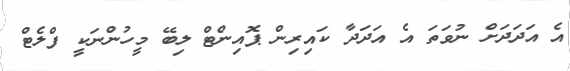
އެ އަދަދަށް ނުވަތަ އެ އަދަދާ ކައިރިން ޕޮއިންޓް ލިބޭ މީހުންނަކީ ފްލެޓް